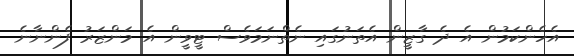
އެހެންކަމުން އެ ދެ ގާޒީން އެތަނުގައި ނެތްނަމަވެސް ޓީވީން އެ މަންޒަރު ފެންނާނެ